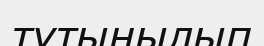
тұтынылып